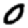
Digit: 0